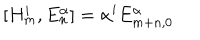
LaTeX: [ H _ { m } ^ { i } , E _ { n } ^ { \alpha } ] = \alpha ^ { i } E _ { m + n , 0 } ^ { \alpha }